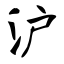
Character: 沪